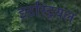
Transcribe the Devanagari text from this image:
इटस्ट्रियल